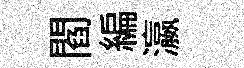
閻編瀛